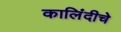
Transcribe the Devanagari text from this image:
कालिंदीचे